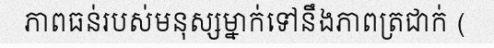
ភាពធន់របស់មនុស្សម្នាក់ទៅនឹងភាពត្រជាក់ (